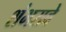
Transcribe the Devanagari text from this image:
शंभरावे